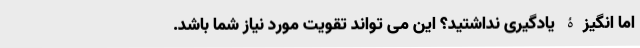
اما انگیزۀ یادگیری نداشتید؟ این می تواند تقویت مورد نیاز شما باشد.